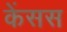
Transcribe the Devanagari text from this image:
केंसस